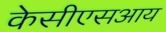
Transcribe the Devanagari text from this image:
केसीएसआय